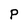
Character: P